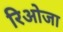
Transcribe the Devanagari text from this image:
रिओजा